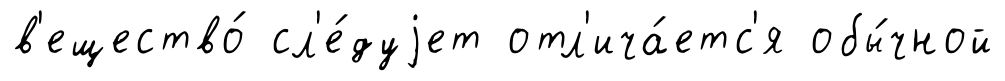
в'ещество́ сл'е́дуjет отл'ича́етс'я обы́чной